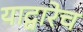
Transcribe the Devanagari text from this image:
याद्वारेच